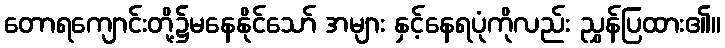
တောရကျောင်းတို့၌မနေနိုင်သော် အများ နှင့်နေရပုံကိုလည်း ညွှန်ပြထား၏။